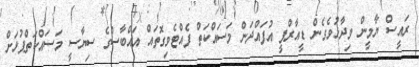
ރައީސް ޔާމީން ވިދާޅުވެގެން ޑީއާރްޕީ އުފައްދަން މަސައްކަތް ފެއްޓެވިގޮތައް އައްބާސްގެ ސިޔާސީ މަސައްކަތްޕުޅަށް